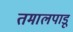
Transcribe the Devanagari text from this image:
तमालपाडू